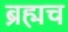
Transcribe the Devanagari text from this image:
ब्रह्मच